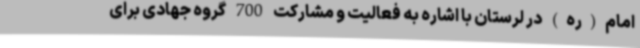
امام(ره) در لرستان با اشاره به فعالیت و مشارکت 700 گروه جهادی برای